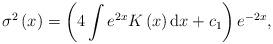
LaTeX: \begin{align*}\sigma ^{2}\left( x\right) =\left( 4\int e^{2x}K\left( x\right) \mbox{\rm d}x+c_{1}\right) e^{-2x}, \end{align*}